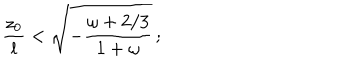
LaTeX: { \frac { z _ { 0 } } { l } } < \sqrt { - { \frac { \omega + 2 / 3 } { 1 + \omega } } } \, ;